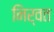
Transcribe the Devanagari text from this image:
निर्वत